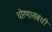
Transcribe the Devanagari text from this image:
धोरणासंबंधी